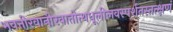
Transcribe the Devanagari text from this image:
भवत्तीरवानीरवातोत्थधूलीलवस्पर्शतस्तत्क्षणं